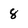
Character: 8